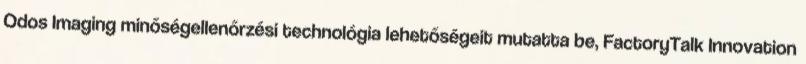
Odos Imaging minőségellenőrzési technológia lehetőségeit mutatta be, FactoryTalk Innovation